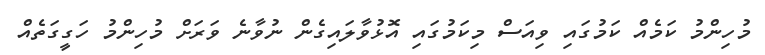
މުހިންމު ކަމެއް ކަމުގައި ވިއަސް މިކަމުގައި އޮޅުވާލައިގެން ނުވާނެ ވަރަށް މުހިންމު ހަގީގަތެއް